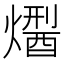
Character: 𤏾